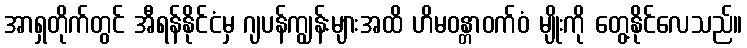
အာရှတိုက်တွင် အီရန်နိုင်ငံမှ ဂျပန်ကျွန်းများအထိ ဟိမဝန္တာဝက်ဝံ မျိုးကို တွေ့နိုင်လေသည်။